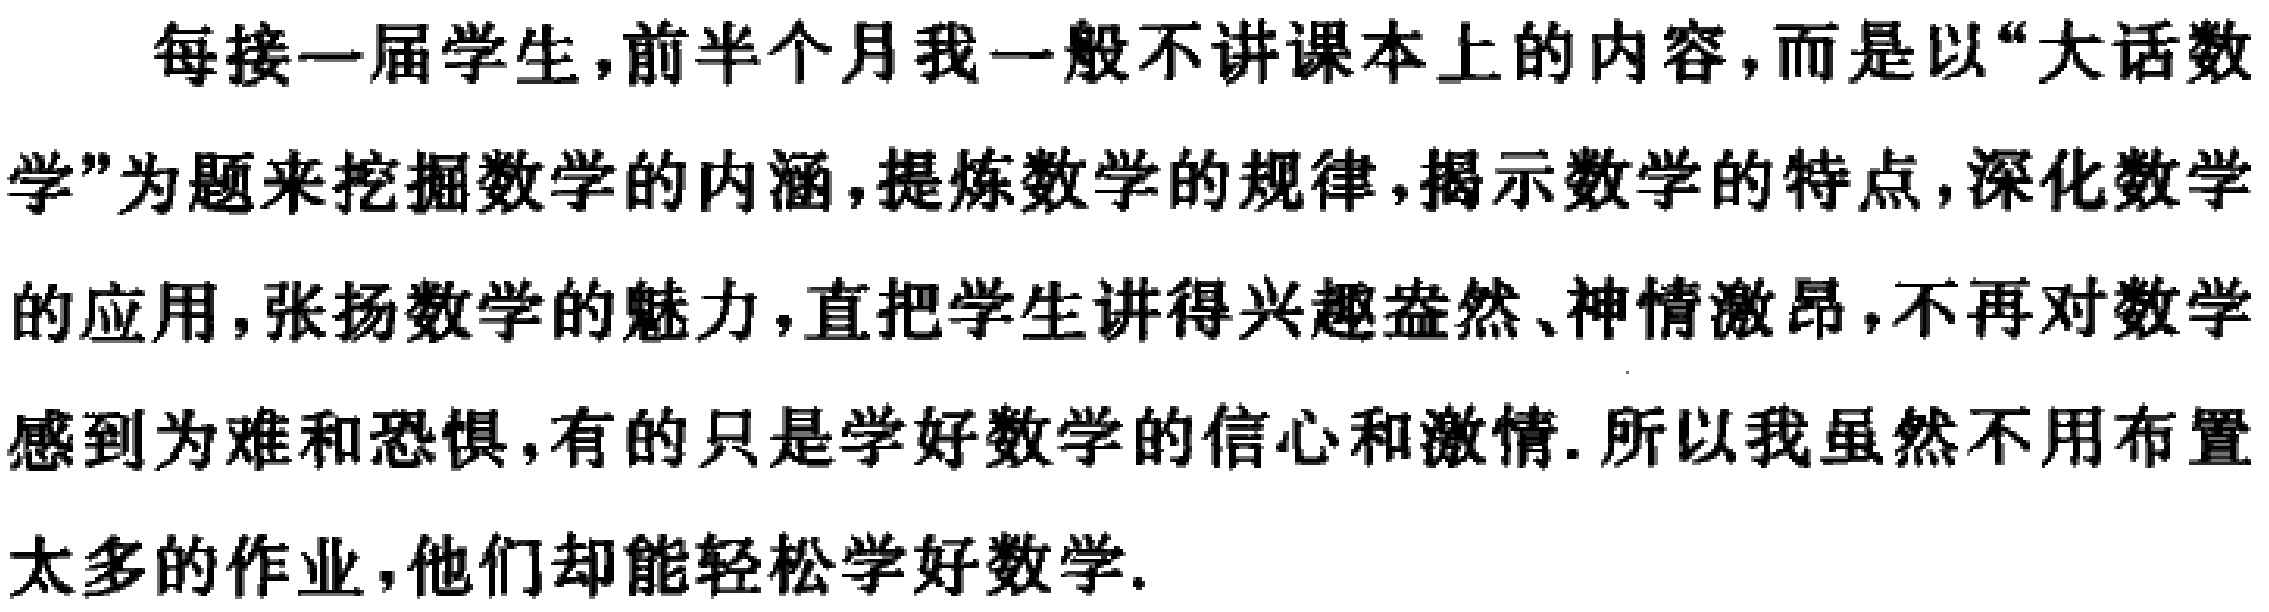
每接一届学生,前半个月我一般不讲课本上的内容,而是以“大话数学”为题来挖掘数学的内涵,提炼数学的规律,揭示数学的特点,深化数学的应用,张扬数学的魅力,直把学生讲得兴趣盎然、神情激昂,不再对数学感到为难和恐惧,有的只是学好数学的信心和激情.所以我虽然不用布置太多的作业,他们却能轻松学好数学.